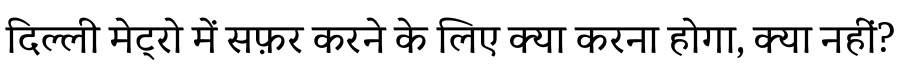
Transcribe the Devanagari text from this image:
दिल्ली मेट्रो में सफ़र करने के लिए क्या करना होगा, क्या नहीं?